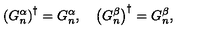
\left( G _ { n } ^ { \alpha } \right) ^ { \dagger } = G _ { n } ^ { \alpha } , \quad \left( G _ { n } ^ { \beta } \right) ^ { \dagger } = G _ { n } ^ { \beta } ,